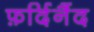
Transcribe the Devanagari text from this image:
फ़र्दिनैंद